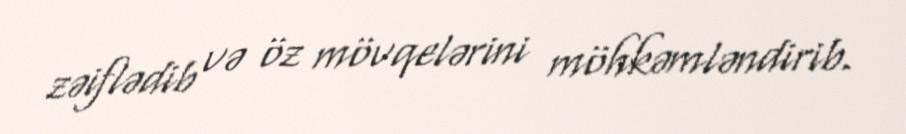
zəiflədib və öz mövqelərini möhkəmləndirib.